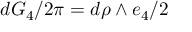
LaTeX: d G _ { 4 } / { 2 \pi } = d \rho \land e _ { 4 } / 2